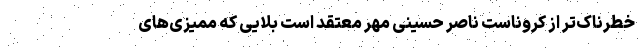
خطرناک‌تر از کروناست ناصر حسینی مهر معتقد است بلایی که ممیزی‌های